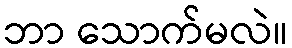
ဘာ သောက်မလဲ။